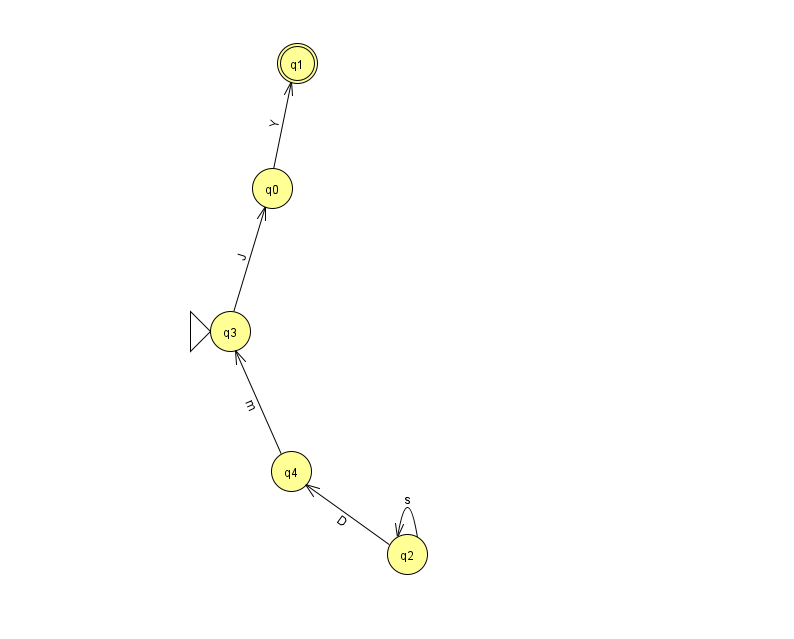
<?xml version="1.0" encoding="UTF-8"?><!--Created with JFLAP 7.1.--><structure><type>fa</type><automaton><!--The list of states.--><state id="0" name="q0"><x>272.0</x><y>175.0</y></state><state id="1" name="q1"><x>297.0</x><y>50.0</y><final/></state><state id="2" name="q2"><x>407.0</x><y>541.0</y></state><state id="3" name="q3"><x>230.0</x><y>318.0</y><initial/></state><state id="4" name="q4"><x>291.0</x><y>458.0</y></state><!--The list of transitions.--><transition><from>4</from><to>3</to><read>m</read></transition><transition><from>3</from><to>0</to><read>J</read></transition><transition><from>2</from><to>2</to><read>s</read></transition><transition><from>2</from><to>4</to><read>D</read></transition><transition><from>0</from><to>1</to><read>Y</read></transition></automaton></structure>